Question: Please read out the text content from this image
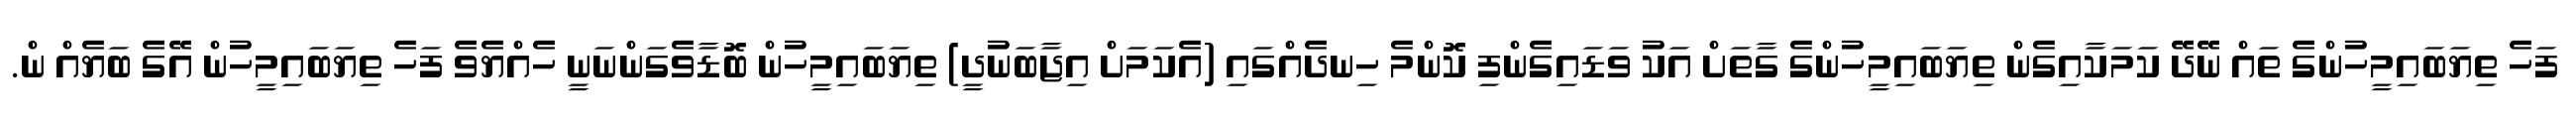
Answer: ފަހެ ތިޔަބައިމީހުންގެ ތައް ނޭދޭ ކަމަކާއިގެން ތިޔަބައިމީހުންގެ ގާތަށް އަކު ވަޑައިގެންފި ކޮންމެ ހިނދެއްގައި (އެކަމަށް އިޖާބަނުދީ) ތިޔަބައިމީހުން ބޮޑާވެގަންނަނީ ހެއްޔެވެ ފަހެ ތިޔަބައިމީހުން އޭގެ ބަޔެއް ން.